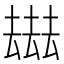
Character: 𠬑